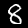
Digit: 8